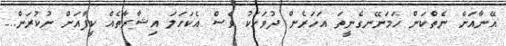
އޭނާއަށް ނެތްކަން ހަމަނޭނގެނީތަ އަހަރެން ދުވަހަކު ވެސް އެކަހަލަ އިޝާރާތެއް ކީފާއަށް ނުކުރަން...